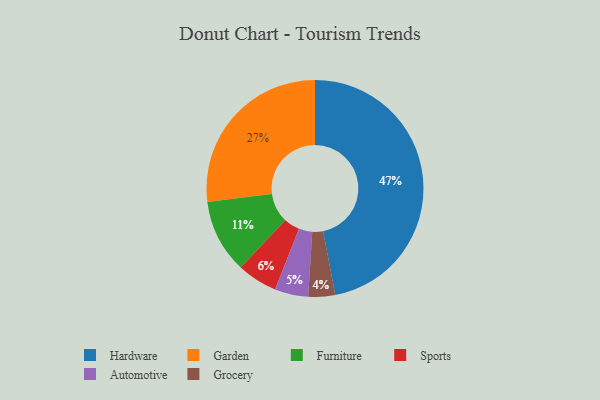
{"axis": {"x": "Category", "y": "Percentage"}, "legend": ["Automotive", "Furniture", "Garden", "Grocery", "Hardware", "Sports"], "data": [{"x": "Garden", "y": 27, "type": "Garden"}, {"x": "Sports", "y": 6, "type": "Sports"}, {"x": "Hardware", "y": 47, "type": "Hardware"}, {"x": "Furniture", "y": 11, "type": "Furniture"}, {"x": "Grocery", "y": 4, "type": "Grocery"}, {"x": "Automotive", "y": 5, "type": "Automotive"}]}